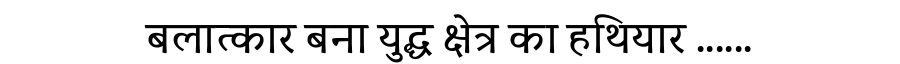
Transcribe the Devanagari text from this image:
बलात्कार बना युद्ध क्षेत्र का हथियार ......